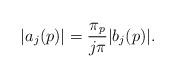
LaTeX: \begin{align*} \vert a_j(p) \vert = \frac{\pi_p}{j \pi} \vert b_j(p) \vert.\end{align*}